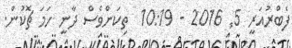
ފެބްރުއަރީ 5